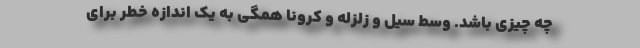
چه چیزی باشد. وسط سیل و زلزله و کرونا همگی به یک اندازه خطر برای